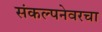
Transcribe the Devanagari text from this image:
संकल्पनेवरचा